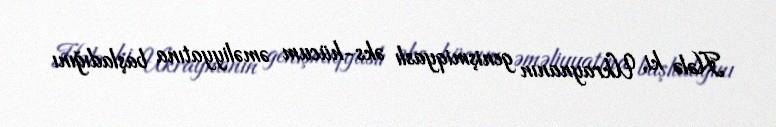
Hələ ki, Ukraynanın genişmiqyaslı əks-hücum əməliyyatına başladığını